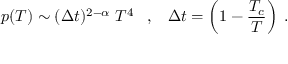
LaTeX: p ( T ) \sim ( \Delta t ) ^ { 2 - \alpha } \; T ^ { 4 } \; \; \; , \; \; \; \Delta t = \left( 1 - \frac { T _ { c } } { T } \right) \; .